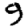
Digit: 9